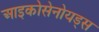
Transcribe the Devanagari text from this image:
आइकोसेनोयड्स